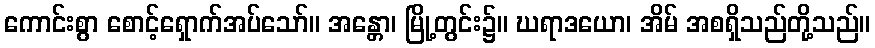
ကောင်းစွာ စောင့်ရှောက်အပ်သော်။ အန္တော၊ မြို့တွင်း၌။ ဃရာဒယော၊ အိမ် အစရှိသည်တို့သည်။